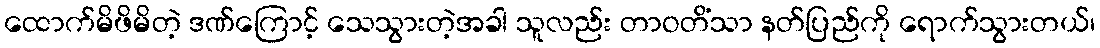
ထောက်မိဖိမိတဲ့ ဒဏ်ကြောင့် သေသွားတဲ့အခါ သူလည်း တာဝတိံသာ နတ်ပြည်ကို ရောက်သွားတယ်၊